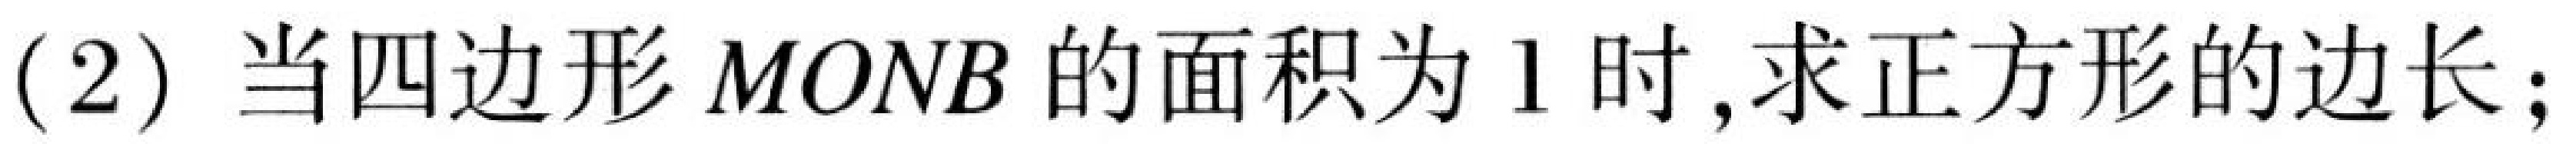
(2) 当四边形$MONB$的面积为$1$时,求正方形的边长;